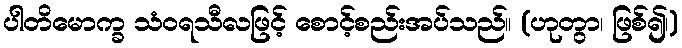
ပါတိမောက္ခ သံဝရသီလဖြင့် စောင့်စည်းအပ်သည်။ (ဟုတွာ၊ ဖြစ်၍၊)